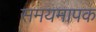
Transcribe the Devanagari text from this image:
समयमापक